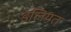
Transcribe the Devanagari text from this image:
इलियत